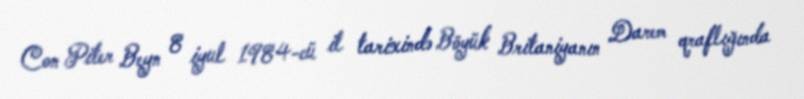
Con Piter Beyn 8 iyul 1984-cü il tarixində Böyük Britaniyanın Darem qraflığında